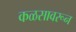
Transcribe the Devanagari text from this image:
कळसावरून